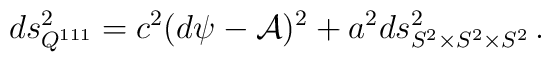
ds^2_{Q^{111}}=c^2(d\psi-{\cal A})^2+a^2ds^2_{S^2\times S^2\times S^2}\,.